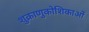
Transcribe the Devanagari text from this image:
शुक्राणुकोशिकाओं